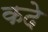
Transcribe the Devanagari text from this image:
कदे